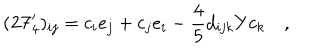
( \mathbf { 2 7 } _ { 4 } ^ { \prime } ) _ { i j } = c _ { i } e _ { j } + c _ { j } e _ { i } - { \frac { 4 } { 5 } } d _ { i j k } Y c _ { k } \quad ,